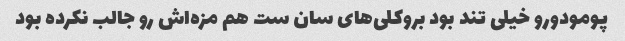
پومودورو خیلی تند بود بروکلی‌های سان ست هم مزه‌اش رو جالب نکرده بود